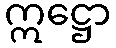
ဣဋ္ဌော